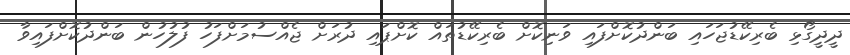
ދީދީގޯޅި ބެރިކޭޑުޖަހައި ބަންދުކޮށްފައި ވަނިކޮށް ބެރިކޭޑުތައް ކޮށްޕައި ދުރަށް ޖެއްސުމަށްފަހު ފުލުހުން ބަންދުކޮށްފައިވާ